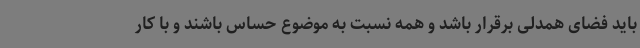
باید فضای همدلی برقرار باشد و همه نسبت به موضوع حساس باشند و با کار